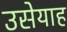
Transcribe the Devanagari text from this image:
उसेयाह